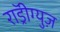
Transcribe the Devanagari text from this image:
राॅड्रीग्युज़